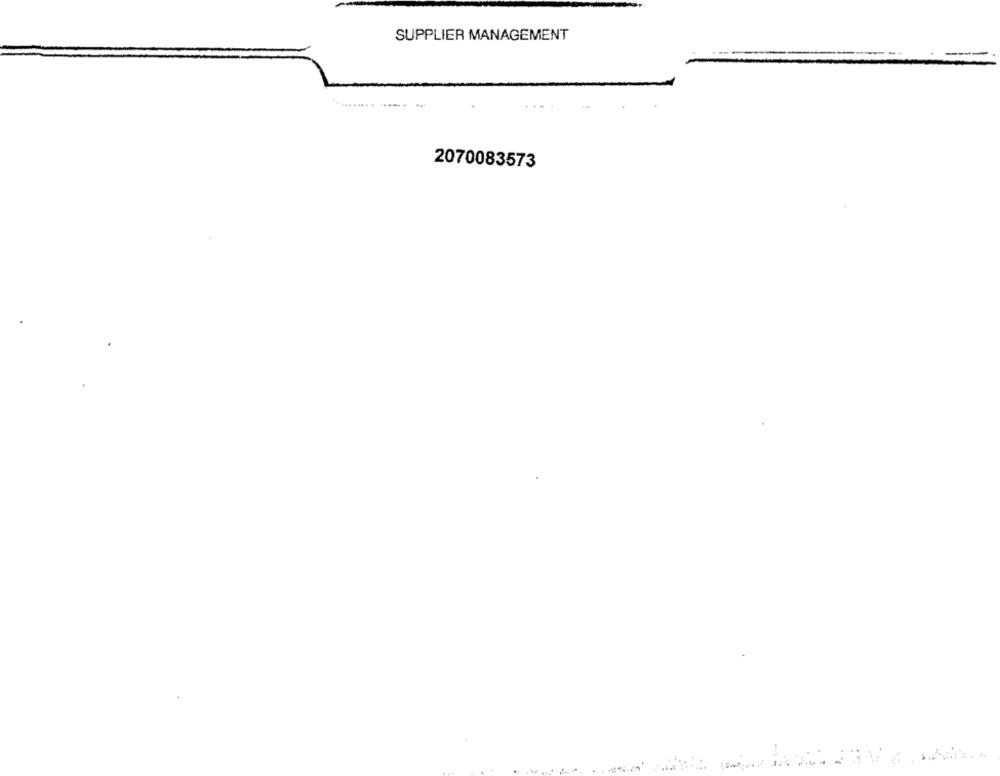
SUPPLIER MANAGEMENT
2070083573